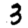
Digit: 3